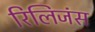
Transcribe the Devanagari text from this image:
रिलिजंस